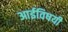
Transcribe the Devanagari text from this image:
आईविषयी